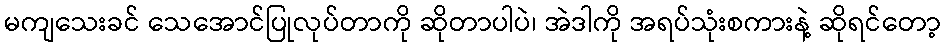
မကျသေးခင် သေအောင်ပြုလုပ်တာကို ဆိုတာပါပဲ၊ အဲဒါကို အရပ်သုံးစကားနဲ့ ဆိုရင်တော့